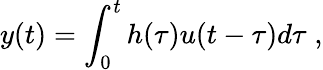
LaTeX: y(t)=\int_{0}^{t}h(\tau)u(t-\tau)d\tau\; ,